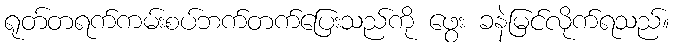
ရုတ်တရက်ကမ်းစပ်ဘက်တက်ပြေးသည်ကို ဖွေး ခနဲမြင်လိုက်ရသည်။